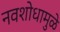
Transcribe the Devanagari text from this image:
नवशोधामुळे